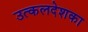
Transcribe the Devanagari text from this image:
उत्कलदेशका